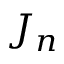
J _ { n }